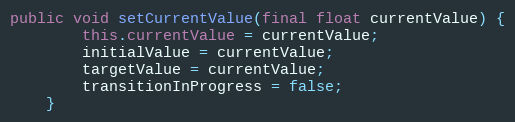
Language: Java
public void setCurrentValue(final float currentValue) {
        this.currentValue = currentValue;
        initialValue = currentValue;
        targetValue = currentValue;
        transitionInProgress = false;
    }